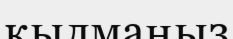
қылмаңыз